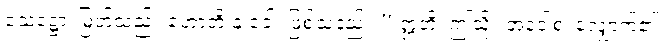
သေဋ္ဌော၊ မြတ်သည်။ ဟောတိ နု ခေါ၊ ဖြစ်သနည်း။” ဣတိ၊ ဤသို့။ အဝေါစ၊ လျှောက်၏။